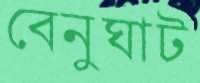
বেনুঘাট